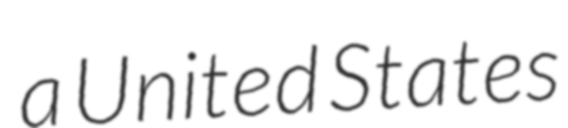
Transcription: a United States